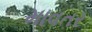
માવતર